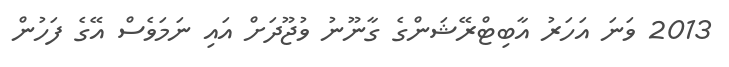
2013 ވަނަ އަހަރު އާބިޓްރޭޝަންގެ ގާނޫނު ވުޖޫދަށް އައި ނަމަވެސް އޭގެ ފަހުން